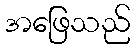
အဖြေသည်